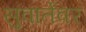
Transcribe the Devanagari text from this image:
सुवार्तेवर